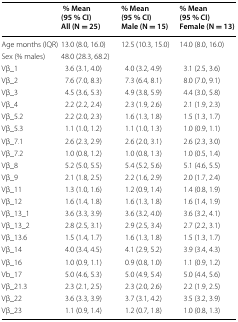
<table><thead><tr><td></td><td><b> % Mean (95 % CI)All (N = 25)</b></td><td><b>% Mean (95 % CI)Male (N = 15)</b></td><td><b>% Mean (95 % CI)Female (N = 13)</b></td></tr></thead><tbody><tr><td>Age months (IQR)</td><td>13.0 (8.0, 16.0)</td><td>12.5 (10.3, 15.0)</td><td>14.0 (8.0, 16.0)</td></tr><tr><td>Sex (% males)</td><td>48.0 (28.3, 68.2)</td><td></td><td></td></tr><tr><td>Vβ_1</td><td>3.6 (3.1, 4.0)</td><td>4.0 (3.2, 4.9)</td><td>3.1 (2.5, 3.6)</td></tr><tr><td>Vβ_2</td><td>7.6 (7.0, 8.3)</td><td>7.3 (6.4, 8.1)</td><td>8.0 (7.0, 9.1)</td></tr><tr><td>Vβ_3</td><td>4.5 (3.6, 5.3)</td><td>4.9 (3.8, 5.9)</td><td>4.4 (3.0, 5.8)</td></tr><tr><td>Vβ_4</td><td>2.2 (2.2, 2.4)</td><td>2.3 (1.9, 2.6)</td><td>2.1 (1.9, 2.3)</td></tr><tr><td>Vβ_5.2</td><td>2.2 (2.0, 2.3)</td><td>1.6 (1.3, 1.8)</td><td>1.5 (1.3, 1.7)</td></tr><tr><td>Vβ_5.3</td><td>1.1 (1.0, 1.2)</td><td>1.1 (1.0, 1.3)</td><td>1.0 (0.9, 1.1)</td></tr><tr><td>Vβ_7.1</td><td>2.6 (2.3, 2.9)</td><td>2.6 (2.0, 3.1)</td><td>2.6 (2.3, 3.0)</td></tr><tr><td>Vβ_7.2</td><td>1.0 (0.8, 1.2)</td><td>1.0 (0.8, 1.3)</td><td>1.0 (0.5, 1.4)</td></tr><tr><td>Vβ_8</td><td>5.2 (5.0, 5.5)</td><td>5.4 (5.2, 5.6)</td><td>5.1 (4.6, 5.5)</td></tr><tr><td>Vβ_9</td><td>2.1 (1.8, 2.5)</td><td>2.2 (1.6, 2.9)</td><td>2.0 (1.7, 2.4)</td></tr><tr><td>Vβ_11</td><td>1.3 (1.0, 1.6)</td><td>1.2 (0.9, 1.4)</td><td>1.4 (0.8, 1.9)</td></tr><tr><td>Vβ_12</td><td>1.6 (1.4, 1.8)</td><td>1.6 (1.3, 1.8)</td><td>1.6 (1.4, 1.9)</td></tr><tr><td>Vβ_13_1</td><td>3.6 (3.3, 3.9)</td><td>3.6 (3.2, 4.0)</td><td>3.6 (3.2, 4.1)</td></tr><tr><td>Vβ_13_2</td><td>2.8 (2.5, 3.1)</td><td>2.9 (2.5, 3.4)</td><td>2.7 (2.2, 3.1)</td></tr><tr><td>Vβ_13.6</td><td>1.5 (1.4, 1.7)</td><td>1.6 (1.3, 1.8)</td><td>1.5 (1.3, 1.7)</td></tr><tr><td>Vβ_14</td><td>4.0 (3.4, 4.5)</td><td>4.1 (2.9, 5.2)</td><td>3.9 (3.4, 4.3)</td></tr><tr><td>Vβ_16</td><td>1.0 (0.9, 1.1)</td><td>0.9 (0.8, 1.0)</td><td>1.1 (0.9, 1.2)</td></tr><tr><td>Vb_17</td><td>5.0 (4.6, 5.3)</td><td>5.0 (4.9, 5.4)</td><td>5.0 (4.4, 5.6)</td></tr><tr><td>Vβ_21.3</td><td>2.3 (2.1, 2.5)</td><td>2.3 (2.0, 2.6)</td><td>2.2 (1.9, 2.5)</td></tr><tr><td>Vβ_22</td><td>3.6 (3.3, 3.9)</td><td>3.7 (3.1, 4.2)</td><td>3.5 (3.2, 3.9)</td></tr><tr><td>Vβ_23</td><td>1.1 (0.9, 1.4)</td><td>1.2 (0.7, 1.8)</td><td>1.0 (0.8, 1.3)</td></tr></tbody></table>